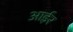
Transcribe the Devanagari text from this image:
आईर